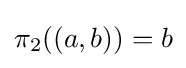
\pi _{2}((a,b))=b